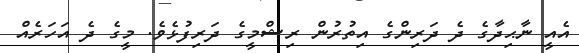
އެއީ ނާޙިދާގެ ދެ ދަރިންގެ އިތުރުން ރިޝްމީގެ ދަރިފުޅެވެ. މީގެ ދެ އަހަރެއް